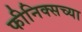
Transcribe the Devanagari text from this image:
फीनिक्सच्या